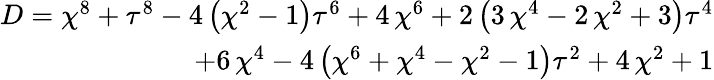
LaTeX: \begin{array}{r}{D={\chi}^{8}+{\tau}^{8}-4\, {\left({\chi}^{2}-1\right)}{\tau}^{6}+4\, {\chi}^{6}+2\, {\left(3\, {\chi}^{4}-2\, {\chi}^{2}+3\right)}{\tau}^{4}}\\ {+6\, {\chi}^{4}-4\, {\left({\chi}^{6}+{\chi}^{4}-{\chi}^{2}-1\right)}{\tau}^{2}+4\, {\chi}^{2}+1}\end{array}